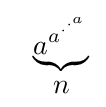
{\  \atop {\ }}{{\underbrace {a^{a^{\cdot ^{\cdot ^{a}}}}} } \atop n}